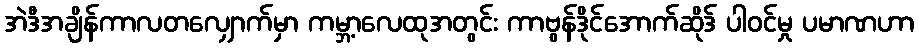
အဲဒီအချိန်ကာလတလျှောက်မှာ ကမ္ဘာ့လေထုအတွင်း ကာဗွန်ဒိုင်အောက်ဆိုဒ် ပါဝင်မှု ပမာဏဟာ